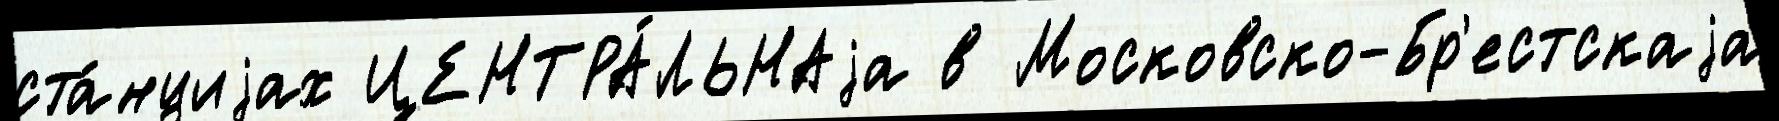
ста́нциjах ЦЕНТРА́ЛЬНАjа в Московско-Бр'естскаjа